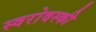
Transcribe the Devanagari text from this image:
स्वरोवस्की